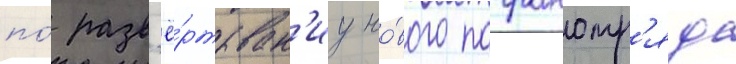
по́ разв'ё́ртыван'иу но́вого погранотр'яда